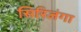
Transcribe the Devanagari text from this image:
सिरिजंगा